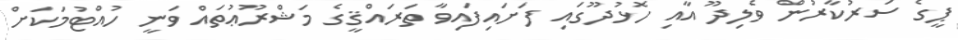
ޕީގެ ސަރުކާރުން ވެލިދޫ އާއި ހޮޅުދޫގައި ފަށައިފައިވާ ތަރައްޤީގެ މަޝްރޫޢުތައް ވަނީ ހުއްޓުމަކަށް